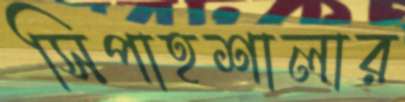
সিপাহশালার